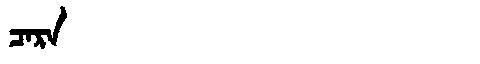
Manchu: ᠴᠠᡵᠠ
Romanization: CARA